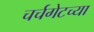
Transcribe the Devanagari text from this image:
चर्चगेटच्या